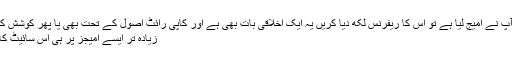
دوسری بات کہ اگر کسی اور سائیٹ سے آپ نے امیج لیا ہے تو اس کا ریفرنس لکھ دیا کریں یہ ایک اخلاقی بات بھی ہے اور کاپی رائٹ اصول کے تحت بھی یا پھر کوشش کیا کریں کہ اپنی ڈیزائن کی پوسٹ کرسکیں
زیادہ تر ایسے امیجز پر ہی اس سائیٹ کا نام لکھا ہوتا ہے کاپی رائٹ کے طور پر۔